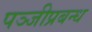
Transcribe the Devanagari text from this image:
पञ्जीप्रबन्ध